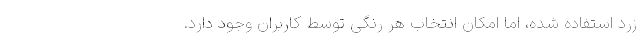
زرد استفاده شده، اما امکان انتخاب هر رنگی توسط کاربران وجود دارد.